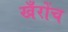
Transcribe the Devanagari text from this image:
खँरोंच